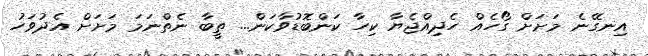
އިނގޭނެ މަށަށް ގޯހެއް ހެދިއްޖެޔާ ކިހާ ކަންބޮޑުވާކަން... ތީބާ ނެތްނަމަ މަށަށް އެދުވަހު